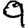
Digit: 9